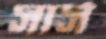
সার্স